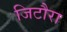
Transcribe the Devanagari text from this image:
जिटौरा